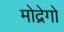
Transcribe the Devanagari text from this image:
मोद्रेगो